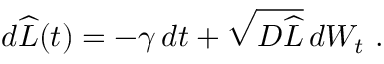
d \widehat { L } ( t ) = - \gamma \, d t + \sqrt { D \widehat { L } } \, d W _ { t } \ .